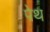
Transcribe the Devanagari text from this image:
पेथ